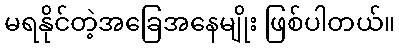
မရနိုင်တဲ့အခြေအနေမျိုး ဖြစ်ပါတယ်။